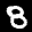
Label: 8